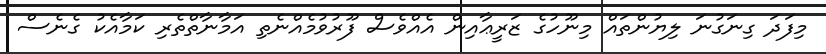
މިފަދަ ގިނަގުނަ ލިޔުންތައް މިނޫހުގެ ޒަރީޢާއިން އެއްވެސް ފޫރުވުމެއްނެތި އަމާނާތްތެރި ކަމާއެކު ގެނެސް